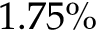
1 . 7 5 \%